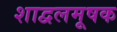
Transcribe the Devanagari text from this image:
शाद्वलमूषक